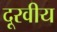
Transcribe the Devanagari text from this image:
दूरवीय